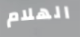
الهلام